Vabadussoja_Ajaloo_Komitee, lk 16
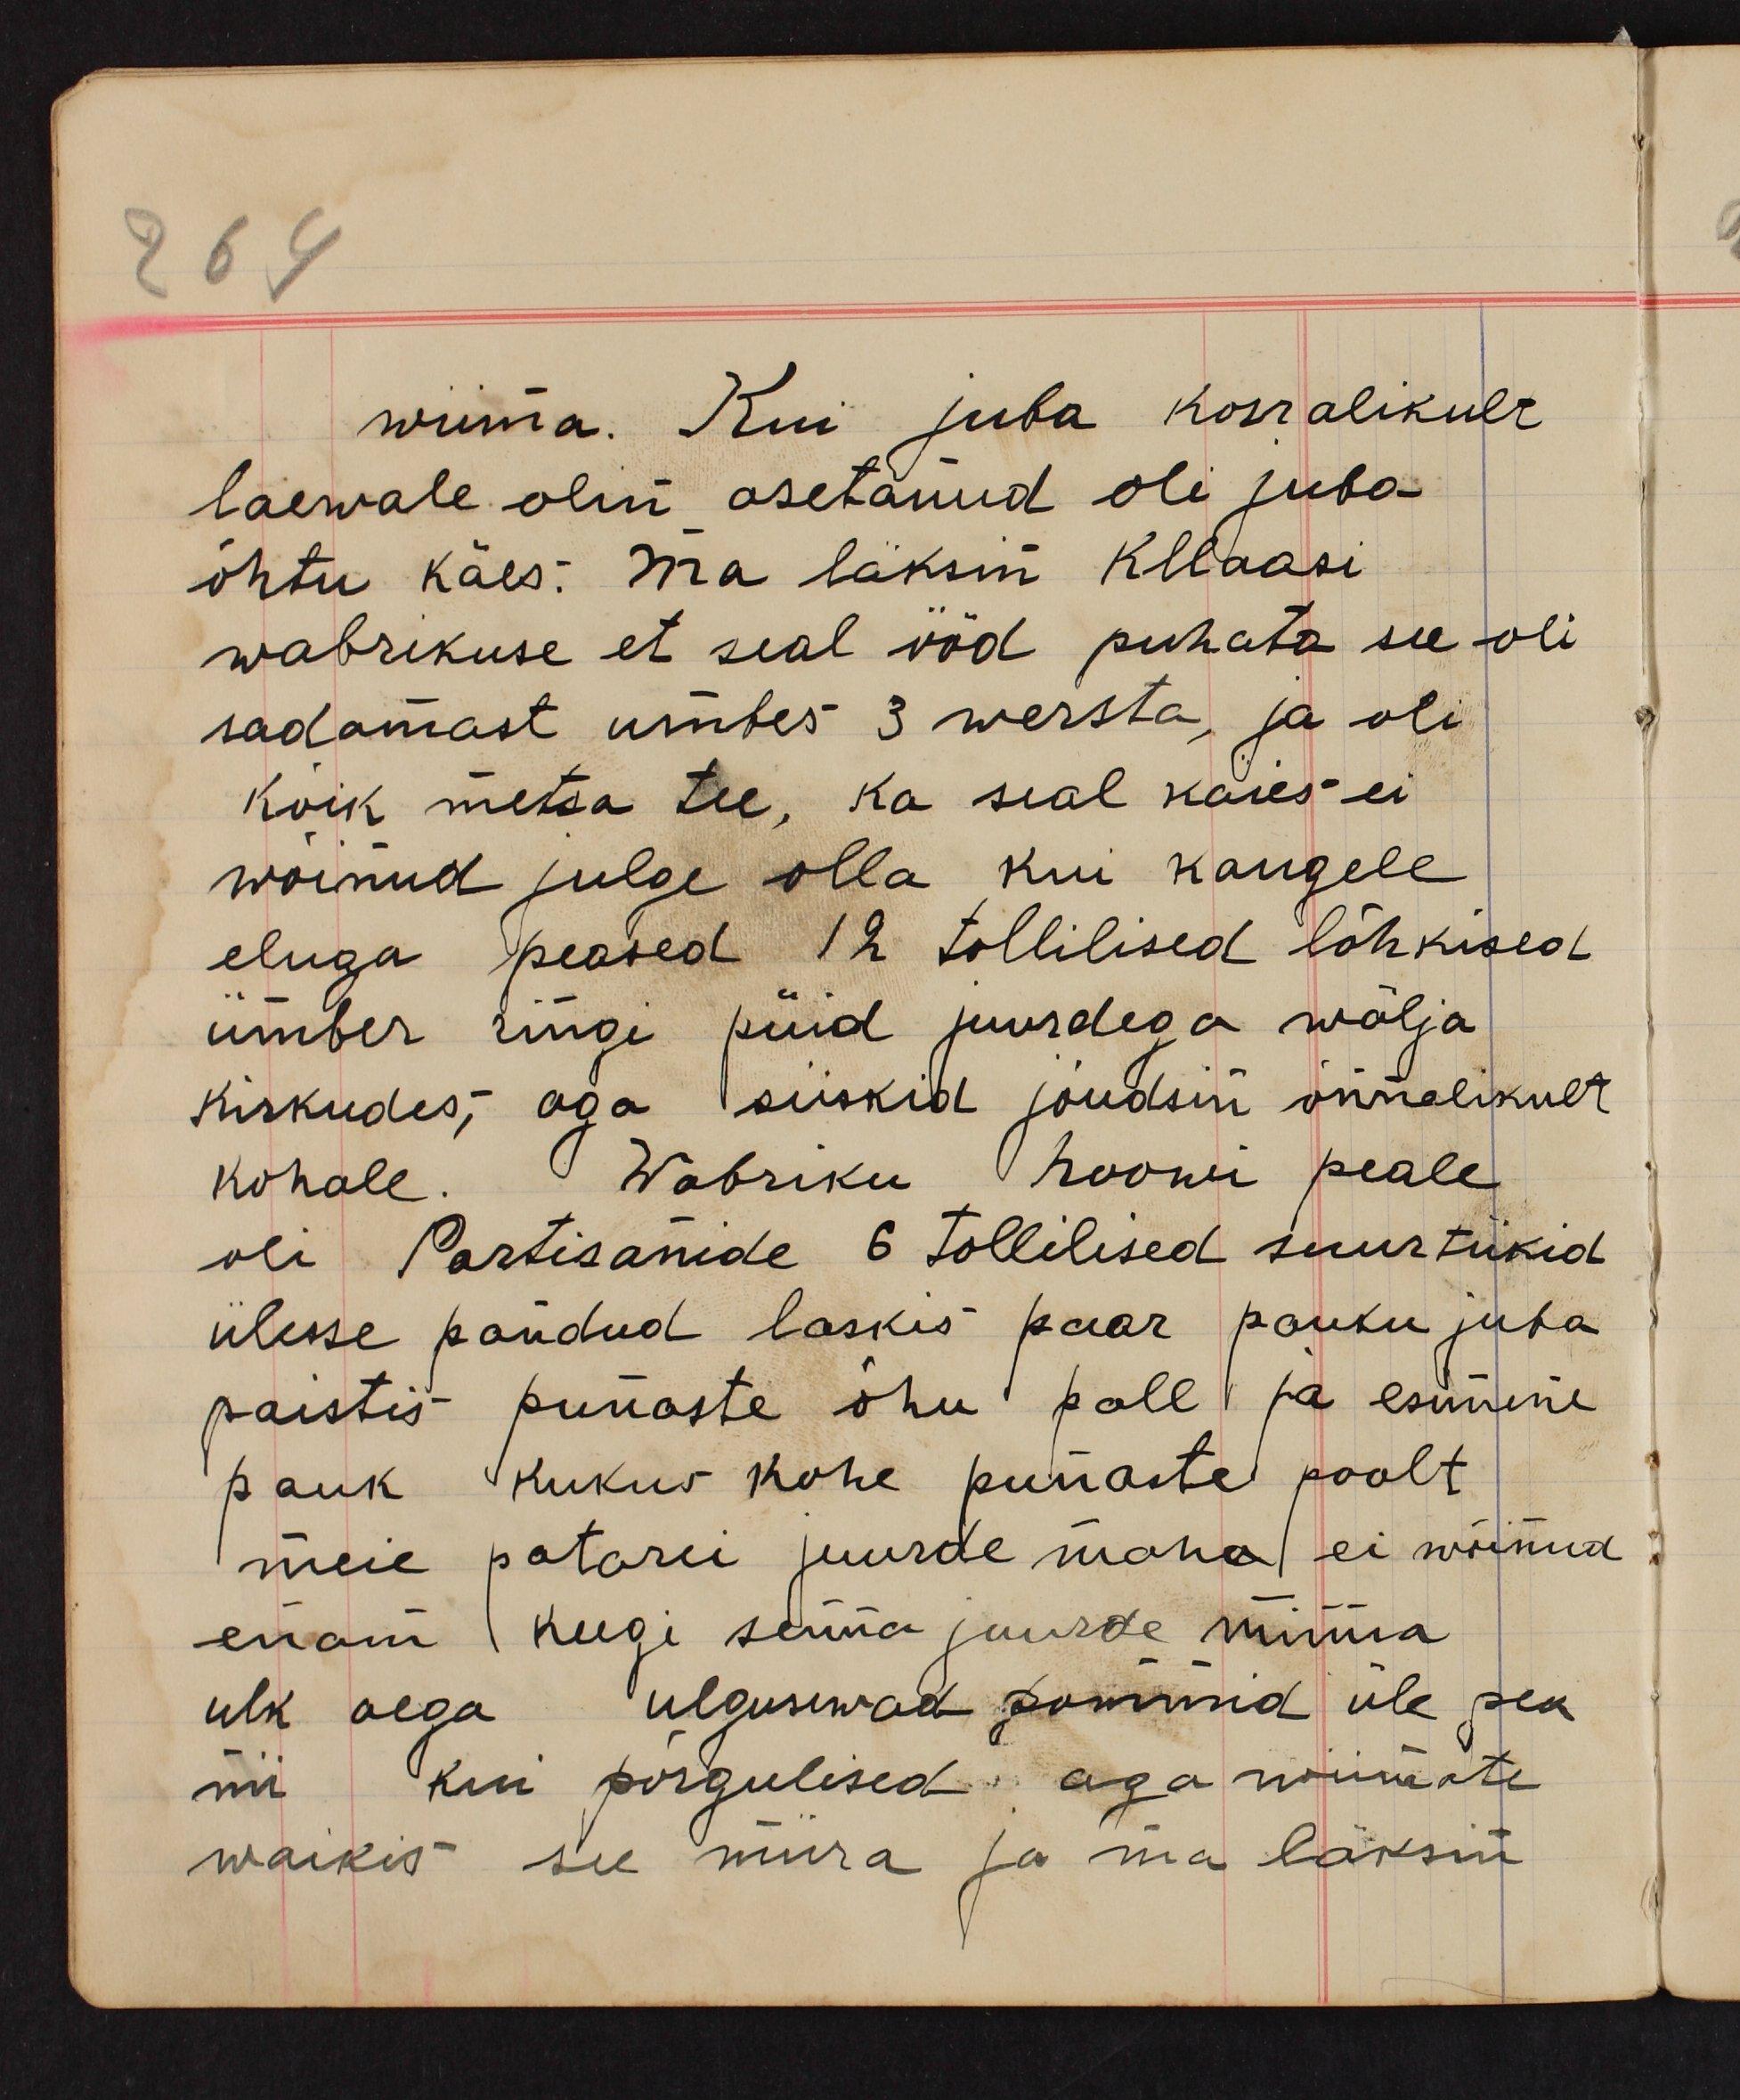
wiima. Kui juba korralikult
laewale olin asetanud oli juba
õhtu käes: Ma läksin Kllaasi
wabrikuse et seal ööd puhata see oli
sadamast umbes 3 wersta, ja oli
kõik metsa tee, ka seal käies ei
wõinud julge olla kui kaugele
eluga peased 12 tollilised lõhkised
ümber ringi püid juurdega wälja
kiskudes; aga siiskid jõudsin õnnelikult
kohale. Wabriku hoowi peale
oli Partisanide 6 tollilised suurtükid
ülesse pandud laskis paar pauku juba
paistis punaste õhu pall ja esimene
pauk kukus kohe punaste poolt
meie patarei juurde maha ei wõinud
enam keegi senna juurde minna
ulk aega ulgusiwad pommid üle pea
nii kui põrgulised, aga wiimate
waikis see müra ja ma läksin